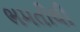
ભમતીથી